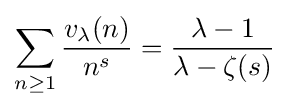
\sum _{n\geq 1}{\frac {v_{\lambda }(n)}{n^{s}}}={\frac {\lambda -1}{\lambda -\zeta (s)}}